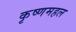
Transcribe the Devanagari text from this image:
कृष्णमहल